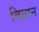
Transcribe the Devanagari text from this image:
विज्ञान